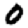
Digit: 0